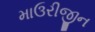
માઉરીજીન